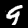
Digit: 9